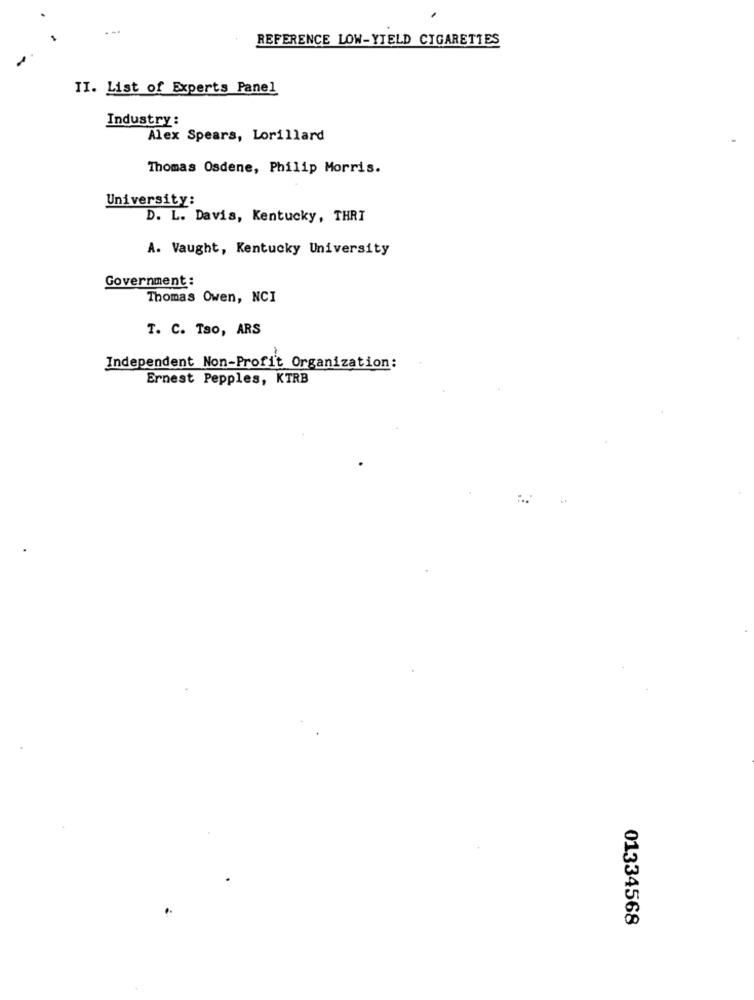
---
REFERENCE LOW-YIELD CIGARETTES
II. List of Experts Panel
Industry:
Alex Spears, Lorillard
Thomas Osdene, Philip Morris.
University:
D. L. Davis, Kentucky, THRI
A. Vaught, Kentucky University
Government :
Thomas Owen, NCI
T. C. Tao, ARS
Independent Non-Profit Organization:
Ernest Pepples, KTRB
01334568